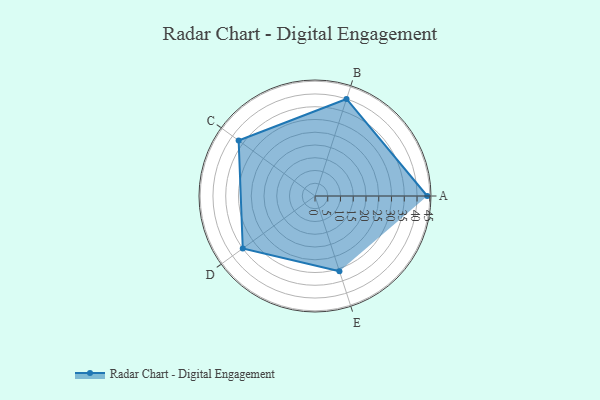
{"axis": {"x": "Skill", "y": "Score"}, "legend": ["Profile"], "data": [{"x": "A", "y": 44.0, "type": "Profile"}, {"x": "B", "y": 40.0, "type": "Profile"}, {"x": "C", "y": 37.0, "type": "Profile"}, {"x": "D", "y": 35.0, "type": "Profile"}, {"x": "E", "y": 31.0, "type": "Profile"}]}